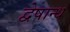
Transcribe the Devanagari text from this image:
द्वेषान्ध